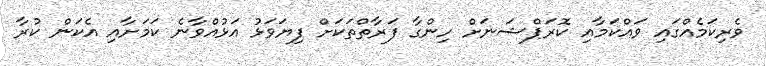
ވެރިކަމެއްގައި ވައްކަމާއި ކޮރަޕްޝަނަށް ހިންގާ ފަރާތްތަކަށް ފިޔަވަޅު އަޅުއްވާނެ ކަމަށާއި އެކަން ކުރާ